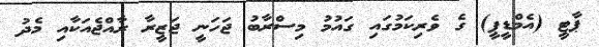
ޕާޓީ (އެމްޑީޕީ) ގެ ވެރިކަމުގައި ގައުމު މިސްރާބު ޖަހަނީ ޖަޒީރާ ރާއްޖެއަކާއި މެދު